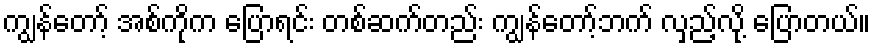
ကျွန်တော့် အစ်ကိုက ပြောရင်း တစ်ဆက်တည်း ကျွန်တော့်ဘက် လှည့်လို့ ပြောတယ်။